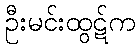
ဦးမင်းထွဋ်က